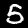
Label: 5